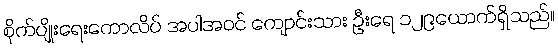
စိုက်ပျိုးရေးကောလိပ် အပါအဝင် ကျောင်းသား ဦးရေ ၁၂၉ယောက်ရှိသည်။